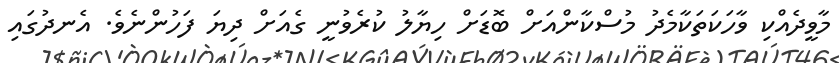
މާވީދެއްކި ވާހަކަތަކާމެދު މުސްކާންއަށް ބޮޑަށް ހިޔާލު ކުރެވުނީ ގެއަށް ދިޔަ ފަހުންނެވެ. އެނދުގައި